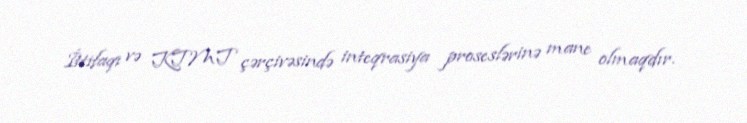
İttifaqı və KTMT çərçivəsində inteqrasiya proseslərinə mane olmaqdır.